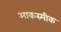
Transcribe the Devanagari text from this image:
आकस्मीक